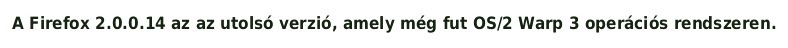
A Firefox 2.0.0.14 az az utolsó verzió, amely még fut OS/2 Warp 3 operációs rendszeren.